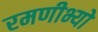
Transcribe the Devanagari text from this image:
रमणीभ्यो